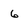
Character: 6